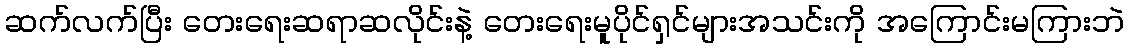
ဆက်လက်ပြီး တေးရေးဆရာဆလိုင်းနဲ့ တေးရေးမူပိုင်ရှင်များအသင်းကို အကြောင်းမကြားဘဲ